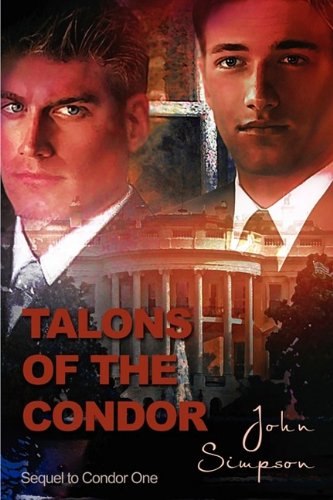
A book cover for Talons of the Condor; John Simpson; Romance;